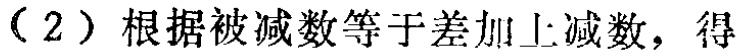
（2）根据被减数等于差加上减数，得